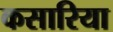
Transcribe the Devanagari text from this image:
कसारिया